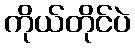
ကိုယ်တိုင်ပဲ